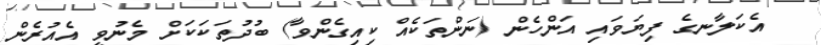
އެކަލާނގެ ފިޔަވައި އަންހެން (ނަންތަކެއް ކިއިގެންވާ) ބުދުތަކަކަށް މެނުވީ އެއުރެން